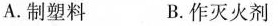
A.制塑料 B.作灭火剂